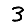
Digit: 3